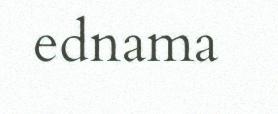
ednama